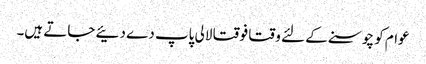
عوام کو چوسنے کے لئے وقتا فوقتا لالی پاپ دے دئیے جاتے ہیں۔